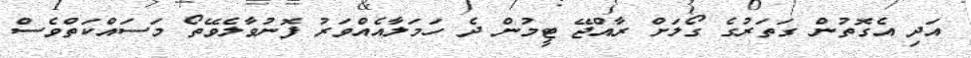
އަދި އެގޮތުން ގަތަރުގެ ގޯލަށް ރާއްޖޭ ޓީމުން ދެ ހަމަލާއެއްވަރު ފޮނުވާލެވޭތޯ މަސައްކަތްވެސް